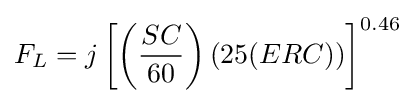
F_{L}=j\left[\left({\frac {SC}{60}}\right)(25(ERC))\right]^{0.46}